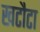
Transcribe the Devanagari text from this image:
खटौटा